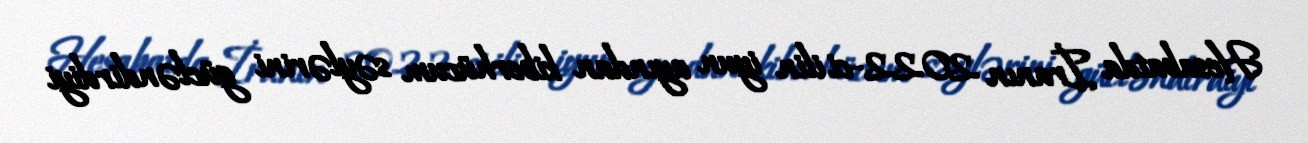
Hesabatda İranın 2022-ci ilin iyun ayından kiberhücum səylərini gücləndirdiyi